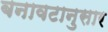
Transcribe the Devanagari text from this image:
बनावटानुसार